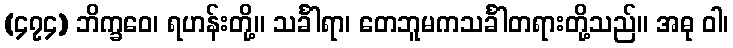
(၄၇၄) ဘိက္ခဝေ၊ ရဟန်းတို့။ သင်္ခါရာ၊ တေဘူမကသင်္ခါတရားတို့သည်။ အဓု ဝါ၊